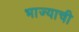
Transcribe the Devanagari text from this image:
भाज्याची